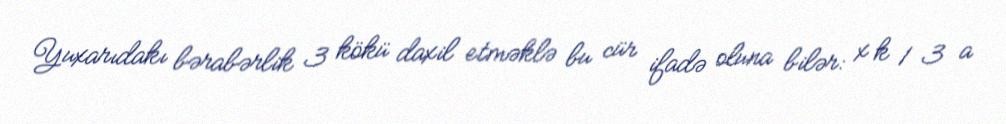
Yuxarıdakı bərabərlik 3 kökü daxil etməklə bu cür ifadə oluna bilər: x k 1 3 a